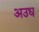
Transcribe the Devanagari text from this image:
अउध